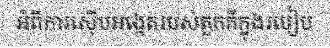
អំពីការស៊ើបអង្កេតរបស់តួកគីក្នុងរបៀប